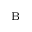
_ \mathrm { B }